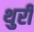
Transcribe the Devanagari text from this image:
थुरी